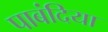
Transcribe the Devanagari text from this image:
पाबंदिया